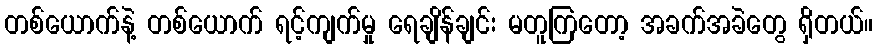
တစ်ယောက်နဲ့ တစ်ယောက် ရင့်ကျက်မှု ရေချိန်ချင်း မတူကြတော့ အခက်အခဲတွေ ရှိတယ်။